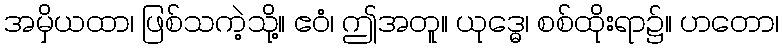
အမှိယထာ၊ ဖြစ်သကဲ့သို့။ ဧဝံ၊ ဤအတူ။ ယုဒ္ဓေ၊ စစ်ထိုးရာ၌။ ဟတော၊